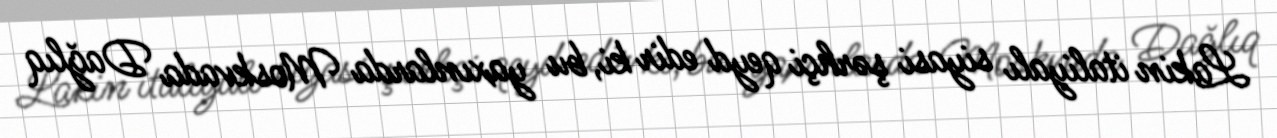
Lakin italiyalı siyasi şərhçi qeyd edir ki, bu yaxınlarda Moskvada Dağlıq